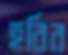
হবির